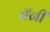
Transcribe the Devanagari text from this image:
मॅनी